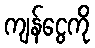
ကျန်ငွေကို